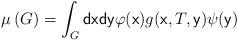
LaTeX: \begin{align*}\mu \left( G\right) =\int_{G}\mathsf{dxdy}\varphi (\mathsf{x)}g(\mathsf{x},T,\mathsf{y})\psi (\mathsf{y)}\end{align*}